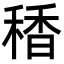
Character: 䅨